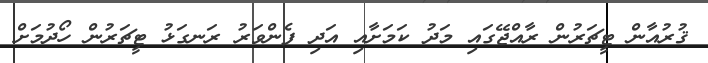
ޤުރުއާން ޓީޗަރުން ރާއްޖޭގައި މަދު ކަމަށާއި އަދި ފެންވަރު ރަނގަޅު ޓީޗަރުން ހޯދުމަށް